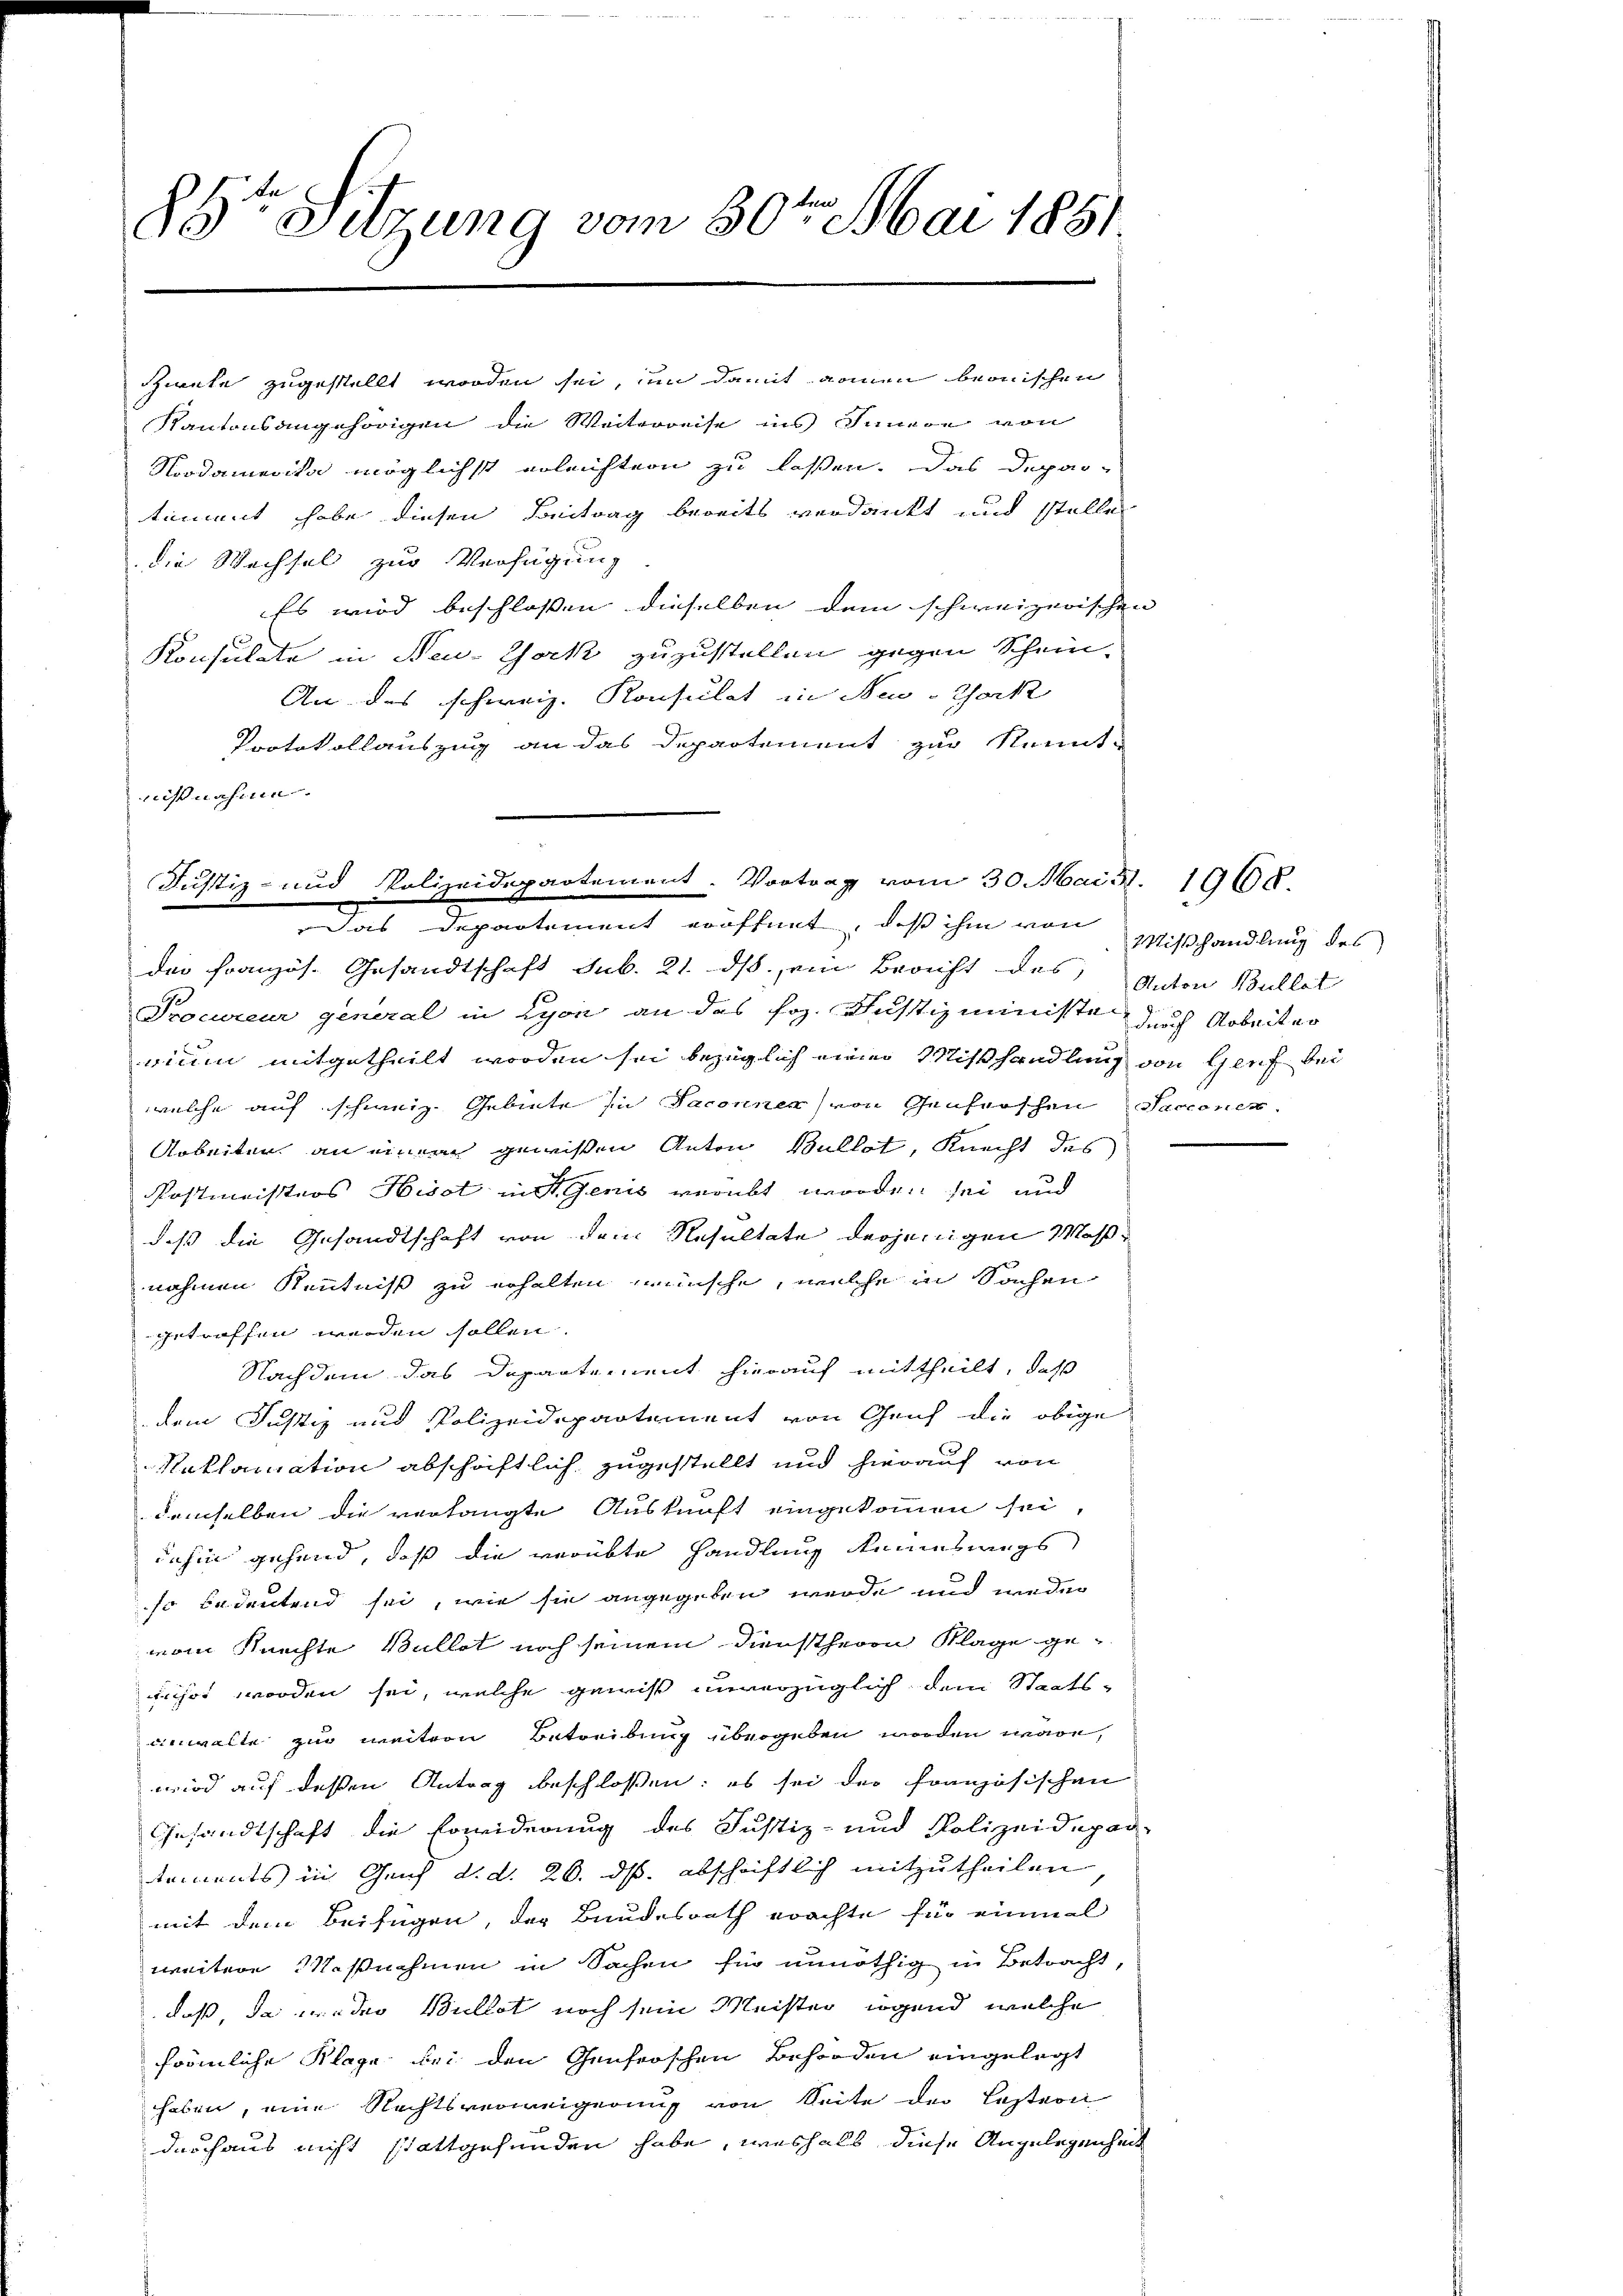
85te Sitzung vom 30ten Mai 1881

zweke zugestellt worden sei, um damit nommen beonischen

Kantonsangehörigen die Weiterreise ins Innern von
Noodamerika möglichst erleichtern zu lassen. Das Depar-
timent habe diesen Beitrag bereits verdankt und stelle
die Wechsel zur Verfügung
Es wird beschlossen dieselben dem schweizerischen
Konsulate in Neu- York zuzustellen gegen Schein-
An des schweiz. Konsulat in New-York
Protokollauszug an das Departement zur Nennt-
nißnahme.

Justiz- und Polizeidepartement. Vortrag vom 30. Mai 31. 1960.
Das Departement eröffnet, daß ihm von

Mißhandlung des

das französ. Gesandtschaft sub. 21. ds. ein Bericht des Anton Bullet
Procureur general in Lyon an des Joh. Justizministe durch Arbeiter
nium mitgetheilt worden sei bezüglich einer Mißhandlung von Genf bei
welche auf schweiz. Gebiete in Saconner von Genferschen Sacionen.
Arbeiten an einem gewissen Anton Bullot, Knecht des
Postmeisters Hisst in St. Genis verübt worden sei und
daß die Gesandtschaft von dem Resultate derjenigen Maßnahmen Kenntniß zu erhalten wünsche, welche in Sachen
getreffen werden sollen.
Nachdem das Departement hierauf mittheilt, daß
dem Justiz und Polizeidepartement von Genf die obige
Naklamation abschriftlich zugestellt und hierauf von
demselben die verlangte Auskunft eingekommen sei,
dahin gehend, daß die verübte Handlung keineswegs
so bedeutend sei, wie sie angegeben werde und weder
vom Knechte Bullet noch seinem Dienstherrn Klage geführt worden sei, welche gewiss unverzüglich dem Staats-
einwalte zur weitern Betreibung übergeben worden wäre,
wird auf deßen Antrag beschlossen: es sei der französischen
Gesandtschaft die Erwiderung des Justiz- und Polizeidepar-
taments in Genf d. d. 20. ds. abschriftlich mitzutheilen
mit dem Beifügen, der Bundesrath erachte für einmal
weitere Maßnahmen in Sachen für unnöthig in Betracht,
daß, da weder Bullet noch sein Meister irgend, welche
förmliche Klage bei den Genferschen Behörden eingelegt
haben, eine Rechtsverweigerung von Seite der Lastern
deshaus nicht stattgefunden habe, weshalb diese Angelegenheit